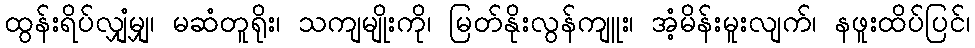
ထွန်းရိပ်လျှံမျှ၊ မဆံတူရိုး၊ သကျမျိုးကို၊ မြတ်နိုးလွန်ကျူး၊ အံ့မိန်းမူးလျက်၊ နဖူးထိပ်ပြင်၊